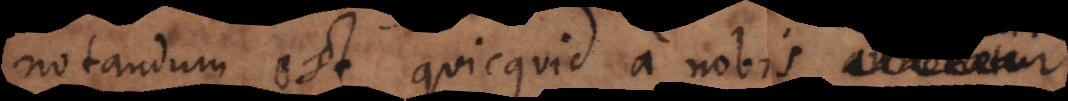
notandum est quicquid a nobis